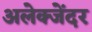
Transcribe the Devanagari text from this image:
अलेक्जेंदर